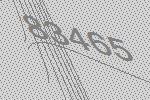
83465